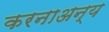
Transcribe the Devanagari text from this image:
करनाअन्य